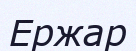
Ержар